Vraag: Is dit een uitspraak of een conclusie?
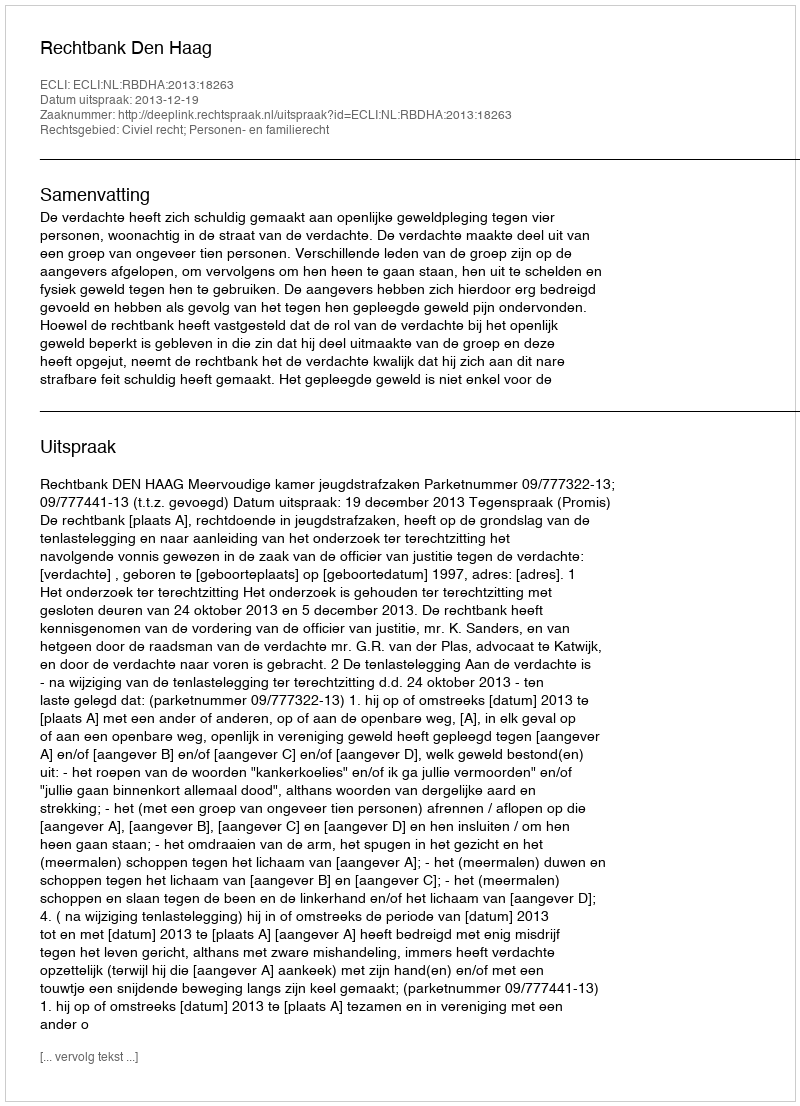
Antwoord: Uitspraak